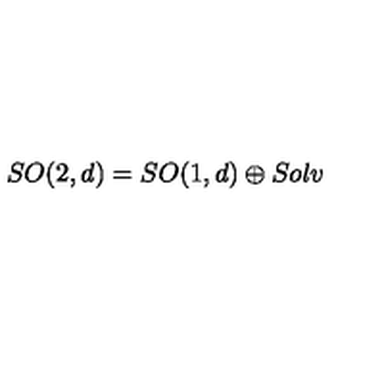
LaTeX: S O ( 2 , d ) = S O ( 1 , d ) \oplus S o l v